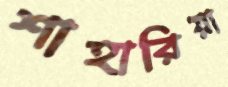
শাহারিয়া